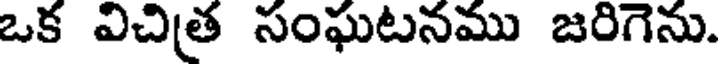
ఒక విచిత్ర సంఘటనము జరిగెను.